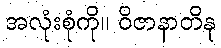
အလုံးစုံကို။ ဝိဇာနာတိနု